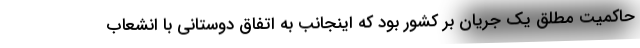
حاکمیت مطلق یک جریان بر کشور بود که اینجانب به اتفاق دوستانی با انشعاب